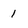
Character: 1